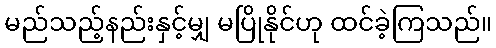
မည်သည့်နည်းနှင့်မျှ မပြိုနိုင်ဟု ထင်ခဲ့ကြသည်။